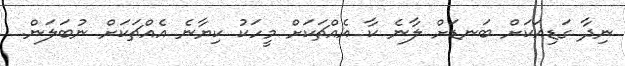
ނިދާ ގަޑިއަކަށް ބަނޑަށް ލާނެ ކާ އެއްޗަކަށް މީހަކު ކިޔާނެ އެއްޗަކަށް ނުބަލަން.